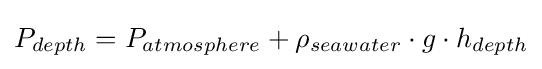
P_{depth}=P_{atmosphere}+\rho _{seawater}\cdot g\cdot h_{depth}